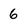
Character: 6